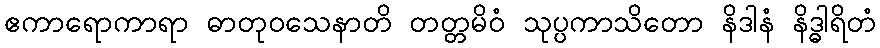
ဧကာရောကာရာ ဓာတုဝသေနာတိ တတ္တမိဝံ သုပ္ပကာသိတော နိဒါနံ နိဒ္ဓါရိတံ